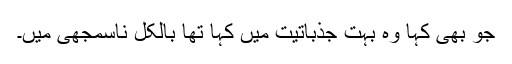
جو بھی کہا وہ بہت جذباتیت میں کہا تھا بالکل ناسمجھی میں۔